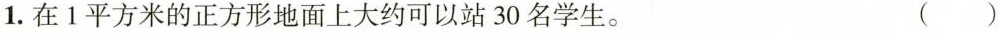
1. 在 1 平方米的正方形地面上大约可以站 30 名学生。 ( )